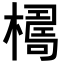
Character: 𣚑